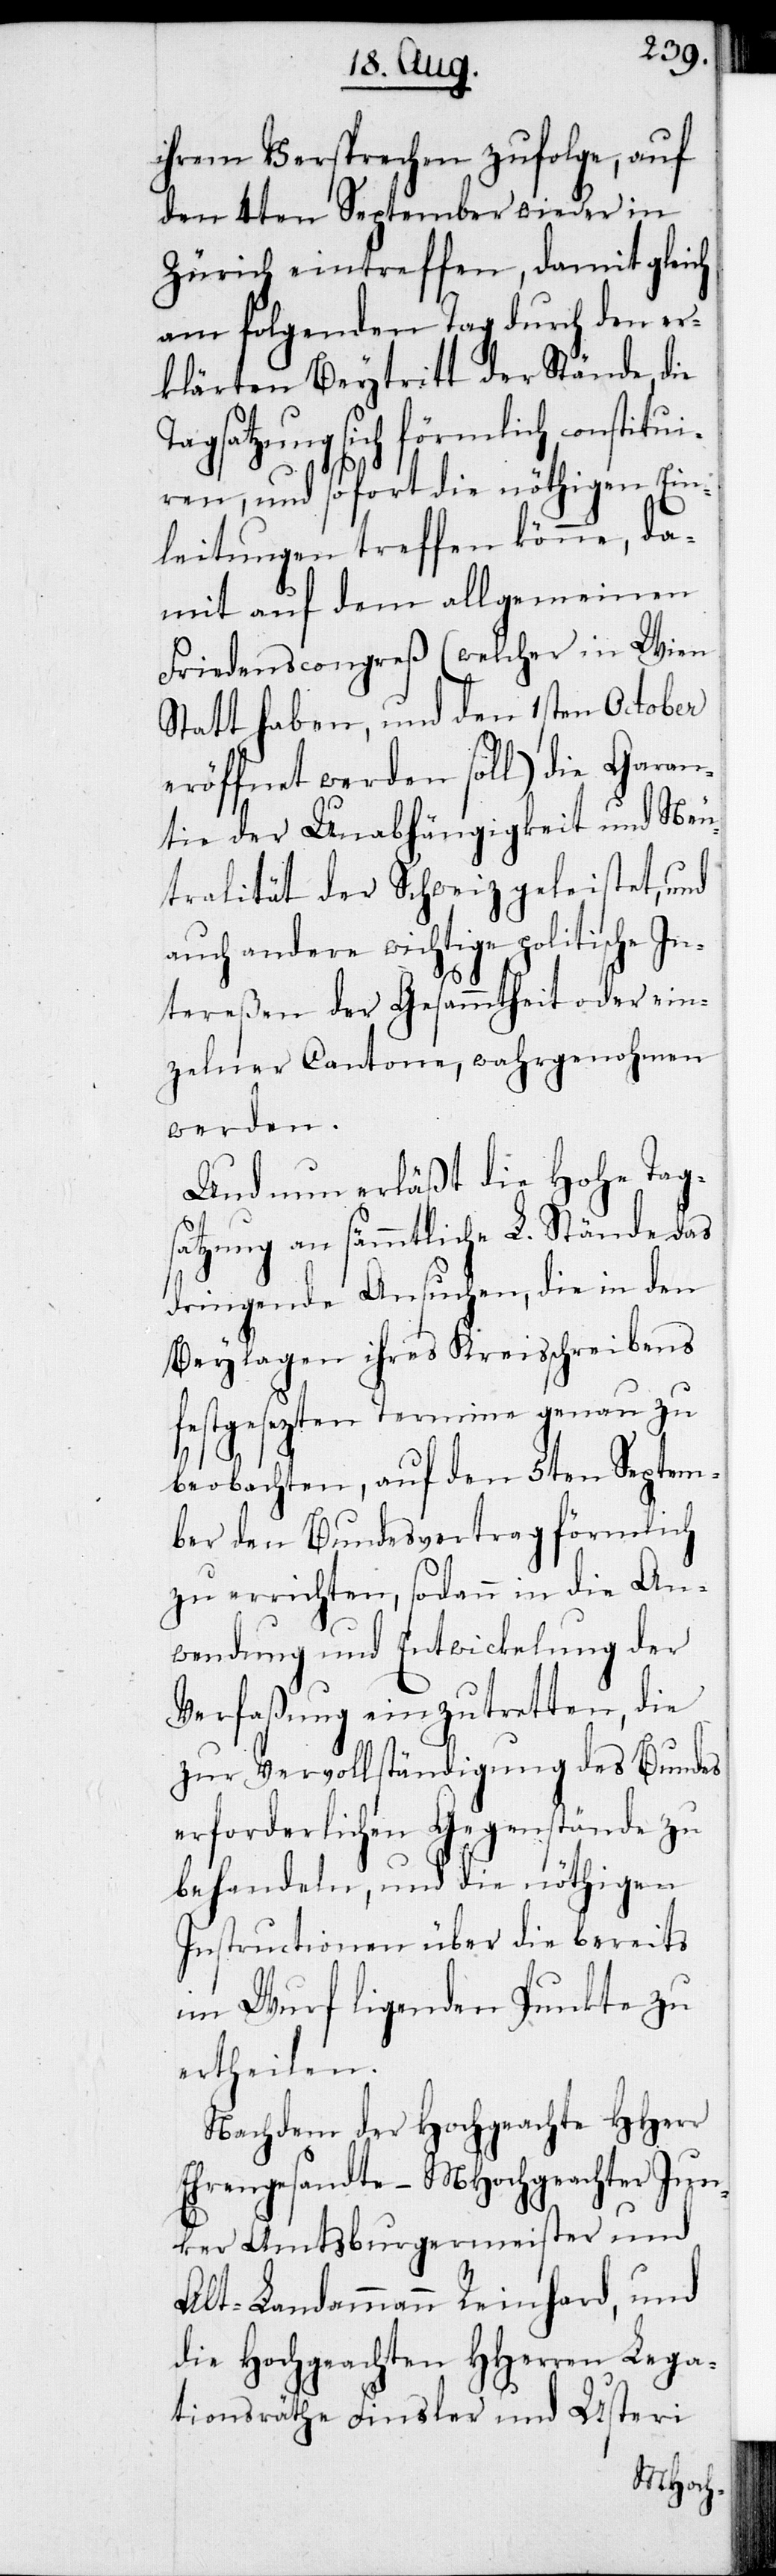
ihrem Versprechen zufolge, auf
den 4ten September wieder in
Zürich eintreffen, damit gleich
am folgenden Tag durch den er¬
klärten Beytritt der Stände, die
Tagsatzung sich förmlich constitui¬
ren, und sofort die nöthigen Ein¬
leitungen treffen könne, da¬
mit auf dem allgemeinen
Friedenscongreß (welcher in Wien
Statt haben, und den 1sten October
eröffnet werden soll) die Garan¬
tie der Unabhängigkeit und Neu¬
tralität der Schweiz geleistet, und
auch andere wichtige politische In¬
tereßen der Gesammtheit oder ein¬
zelner Cantone, wahrgenohmen
werden.
Und nun erläßt die Hohe Tag¬
satzung an sämmtliche L. Stände das
dringende Ansuchen, die in den
Beylagen ihres Kreisschreibens
festgesezten Termine genau zu
beobachten, auf den 5ten Septem¬
ber den Bundesvertrag förmlich
zu errichten, sodann in die An¬
wendung und Entwicklung der
Verfaßung einzutretten, die
zur Vervollständigung des Bundes
erforderlichen Gegenstände zu
behandeln, und die nöthigen
Instructionen über die bereits
im Wurf ligenden Punkte zu
ertheilen.
Nachdem der Hochgeachte HHerr
Ehrengesandte – MHochgeachter Jun¬
ker Amtsburgermeister und
Alt-Landammann Reinhard, und
die Hochgeachten HHerren Lega¬
tionsräthe Finsler und Usteri